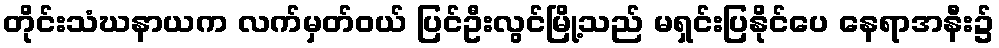
တိုင်းသံဃနာယက လက်မှတ်ဝယ် ပြင်ဦးလွင်မြို့သည် မရှင်းပြနိုင်ပေ နေရာအနီး၌